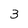
Character: 3